Report of the Imperial Institute of Veterinary Research, Muktesar
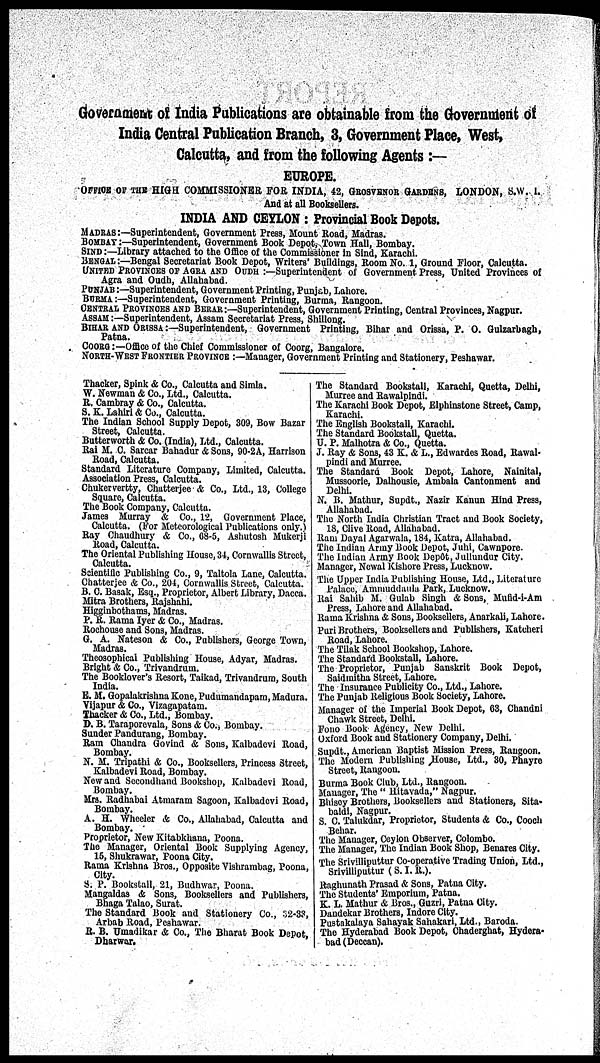
Government of India Publications are obtainable from the Government of
India Central Publication Branch, 3, Government Place, West,
Calcutta, and from the following Agents :—
EUROPE.
OFFICE OF THE HIGH COMMISSIONER FOR INDIA, 42, GROSVENOR GARDENS, LONDON, S.W. 1.
And at all Booksellers.
INDIA AND CEYLON : Provincial Book Depots.
MADRAS:—Superintendent, Government Press, Mount Road, Madras.
BOMBAY:—Superintendent, Government Book Depot, Town Hall, Bombay.
SIND :—Library attached to the Office of the Commissioner in Sind, Karachi.
BENGAL:—Bengal Secretariat Book Depot, Writers' Buildings, Room No. 1, Ground Floor, Calcutta.
UNITED PROVINCES OF AGRA AND OUDH :—Superintendent of Government Press, United Provinces of
Agra and Oudh, Allahabad.
PUNJAB:—Superintendent, Government Printing, Punjab, Lahore.
BURMA:—Superintendent, Government Printing, Burma, Rangoon.
CENTRAL PROVINCES AND BERAR :—Superintendent, Government Printing, Central Provinces, Nagpur.
ASSAM:—Superintendent, Assam Secretariat Press, Shillong.
BIHAR AND ORISSA:—Superintendent, Government Printing, Bihar and Orissa, P. O. Gulzarbagh,
Patna.
COORG:—Office of the Chief Commissioner of Coorg, Bangalore.
NORTH-WEST FRONTIER PROVINCE :—Manager, Government Printing and Stationery, Peshawar.
Thacker, Spink & Co., Calcutta and Simla.
W. Newman & Co., Ltd., Calcutta.
R. Cambray & Co., Calcutta.
S. K. Lahiri & Co., Calcutta.
The Indian School Supply Depot, 309, Bow Bazar
Street, Calcutta.
Butterworth & Co. (India), Ltd., Calcutta.
Rai M. C. Sarcar Bahadur & Sons, 90-2A, Harrison
Road, Calcutta.
Standard Literature Company, Limited, Calcutta.
Association Press, Calcutta.
Chukervertty, Chatterjee & Co., Ltd., 13, College
Square, Calcutta.
The Book Company, Calcutta.
James Murray & Co., 12, Government Place,
Calcutta. (For Meteorological Publications only.)
Ray Chaudhury & Co., 68-5, Ashutosh Mukerji
Road, Calcutta.
The Oriental Publishing House, 34, Cornwallis Street,
Calcutta.
Scientific Publishing Co., 9, Taltola Lane, Calcutta.
Chatterjee & Co., 204, Cornwallis Street, Calcutta.
B. C. Basak, Esq., Proprietor, Albert Library, Dacca.
Mitra Brothers, Rajshahi.
Higginbothams, Madras.
P. R. Rama Iyer & Co., Madras.
Rochouse and Sons, Madras.
G. A. Nateson & Co., Publishers, George Town,
Madras.
Theosophical Publishing House, Adyar, Madras.
Bright & Co., Trivandrum.
The Booklover's Resort, Taikad, Trivandrum, South
India.
E. M. Gopalakrishna Kone, Pudumandapam, Madura.
Vijapur & Co., Vizagapatam.
Thacker & Co., Ltd., Bombay.
D. B. Taraporevala, Sons & Co., Bombay.
Sunder Pandurang, Bombay.
Ram Chandra Govind & Sons, Kalbadevi Road,
Bombay.
N. M. Tripathi & Co., Booksellers, Princess Street,
Kalbadevi Road, Bombay.
New and Secondhand Bookshop, Kalbadevi Road,
Bombay.
Mrs. Radhabai Atmaram Sagoon, Kalbadevi Road,
Bombay.
A. H. Wheeler & Co., Allahabad, Calcutta and
Bombay.
Proprietor, New Kitabkhana, Poona.
The Manager, Oriental Book Supplying Agency,
15, Shukrawar, Poona City.
Rama Krishna Bros., Opposite Vishrambag, Poona,
City.
S. P. Bookstall, 21, Budhwar, Poona.
Mangaldas & Sons, Booksellers and Publishers,
Bhaga Talao, Surat.
The Standard Book and Stationery Co., 32-33,
Arbab Road, Peshawar.
R. B. Umadikar & Co., The Bharat Book Depot,
Dharwar.
The Standard Bookstall, Karachi, Quetta, Delhi,
Murree and Rawalpindi.
The Karachi Book Depot, Elphinstone Street, Camp,
Karachi.
The English Bookstall, Karachi.
The Standard Bookstall, Quetta.
U. P. Malhotra & Co., Quetta.
J. Ray & Sons, 43 K. & L., Edwardes Road, Rawal-
pindi and Murree.
The Standard Book Depot, Lahore, Nainital,
Mussoorie, Dalhousie, Ambala Cantonment and
Delhi.
N. B. Mathur, Supdt., Nazir Kanun Hind Press,
Allahabad.
The North India Christian Tract and Book Society,
18, Clive Road, Allahabad.
Ram Dayal Agarwala, 184, Katra, Allahabad.
The Indian Army Book Depot, Juhi, Cawnpore.
The Indian Army Book Depôt, Jullundur City.
Manager, Newal Kishore Press, Lucknow.
The Upper India Publishing House, Ltd., Literature
Palace, Ammuddaula Park, Lucknow.
Rai Sahib M. Gulab Singh & Sons, Mufid-i-Am
Press, Lahore and Allahabad.
Rama Krishna & Sons, Booksellers, Anarkali, Lahore.
Puri Brothers, Booksellers and Publishers, Katcheri
Road, Lahore.
The Tilak School Bookshop, Lahore.
The Standard Bookstall, Lahore.
The Proprietor, Punjab Sanskrit Book Depot,
Saidmitha Street, Lahore.
The Insurance Publicity Co., Ltd., Lahore.
The Punjab Religious Book Society, Lahore.
Manager of the Imperial Book Depot, 63, Chandni
Chawk Street, Delhi.
Fono Book Agency, New Delhi.
Oxford Book and Stationery Company, Delhi.
Supdt., American Baptist Mission Press, Rangoon.
The Modern Publishing House, Ltd., 30, Phayre
Street, Rangoon.
Burma Book Club, Ltd., Rangoon.
Manager, The "Hitavada," Nagpur.
Bhisey Brothers, Booksellers and Stationers, Sita-
baldi, Nagpur.
S. C. Talukdar, Proprietor, Students & Co., Cooch
Behar.
The Manager, Ceylon Observer, Colombo.
The Manager, The Indian Book Shop, Benares City.
The Srivilliputtur Co-operative Trading Union, Ltd.,
Srivilliputtur (S. I. R.).
Raghunath Prasad & Sons, Patna City.
The Students' Emporium, Patna.
K. L. Mathur & Bros., Guzri, Patna City.
Dandekar Brothers, Indore City.
Pustakalaya Sahayak Sahakari, Ltd., Baroda.
The Hyderabad Book Depot, Chaderghat, Hydera-
bad(Deccan).